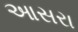
આસરા